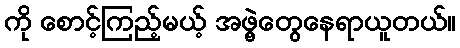
ကို စောင့်ကြည့်မယ့် အဖွဲ့တွေနေရာယူတယ်။